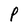
Character: P